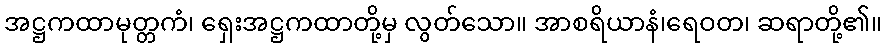
အဋ္ဌကထာမုတ္တကံ၊ ရှေးအဋ္ဌကထာတို့မှ လွတ်သော။ အာစရိယာနံ၊ရေဝတ၊ ဆရာတို့၏။